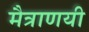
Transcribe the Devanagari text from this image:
मैत्राणयी